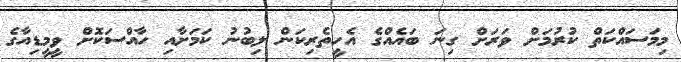
މިމަސައްކަތް ކުރުމަށް ވަރަށް ގިނަ ބައެއްގެ އެހީތެރިކަން ލިބުނު ކަމަށާއި ހާއްސަކޮށް ވީމީޑިއާގެ